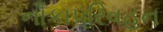
નૌકાપરિવહન